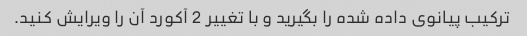
ترکیب پیانوی داده شده را بگیرید و با تغییر 2 آکورد آن را ویرایش کنید.